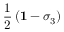
\frac { 1 } { 2 } \left( { \bf 1 } - \sigma _ { 3 } \right)